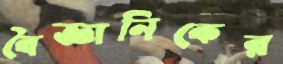
বৈজ্ঞানিকের